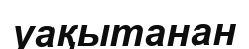
уақытанан